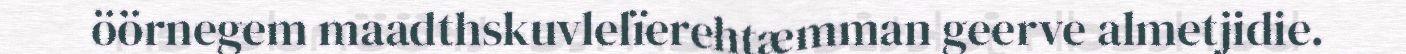
öörnegem maadthskuvlelïerehtæmman geerve almetjidie.